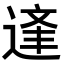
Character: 𨔉